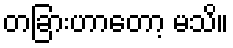
တခြားဟာတော့ မသိ။